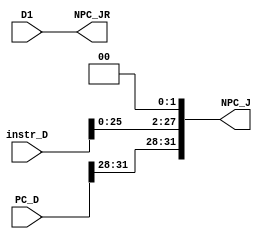
`timescale 1ns / 1ps
//////////////////////////////////////////////////////////////////////////////////
// Company: 
// Engineer: 
// 
// Design Name: 
// Module Name:    NPC_D 
// Project Name: 
// Target Devices: 
// Tool versions: 
// Description: 
//
// Dependencies: 
//
// Revision: 
// Revision 0.01 - File Created
// Additional Comments: 
//
//////////////////////////////////////////////////////////////////////////////////
module NPC_D(
	 input [31:0] instr_D,
	 input [31:0] PC_D,
	 input [31:0] D1,
	 output [31:0] NPC_J,
	 output [31:0] NPC_JR
    );
	 
	 assign NPC_J = {PC_D[31:28],instr_D[25:0],2'b00};
	 assign NPC_JR = D1;


endmodule